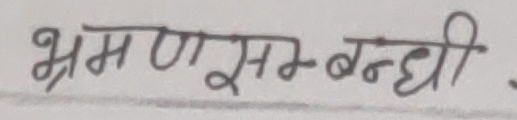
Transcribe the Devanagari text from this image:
भ्रमण सम्बन्धी